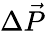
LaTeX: \Delta\vec{P}